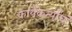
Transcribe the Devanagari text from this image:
कार्यकर्त्यांचं